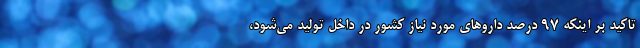
تاکید بر اینکه ۹۷ درصد داروهای مورد نیاز کشور در داخل تولید می‌شود،